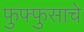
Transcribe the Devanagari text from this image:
फुफ्फुसाचे